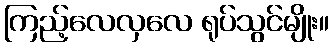
ကြည့်လေလှလေ ရုပ်သွင်မျိုး။